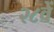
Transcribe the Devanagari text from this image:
२८वें